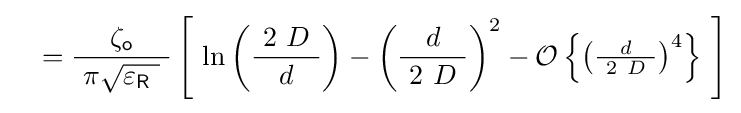
\quad ={\frac {\zeta _{\mathsf {o}}}{\ \pi {\sqrt {\varepsilon _{\mathsf {R}}\ }}\ }}\left[\ \ln \left({\frac {\ 2\ D\ }{d}}\right)-\left({\frac {d}{\ 2\ D\ }}\right)^{2}-\operatorname {\mathcal {O}} \left\{\left({\tfrac {d}{\ 2\ D\ }}\right)^{4}\right\}\ \right]